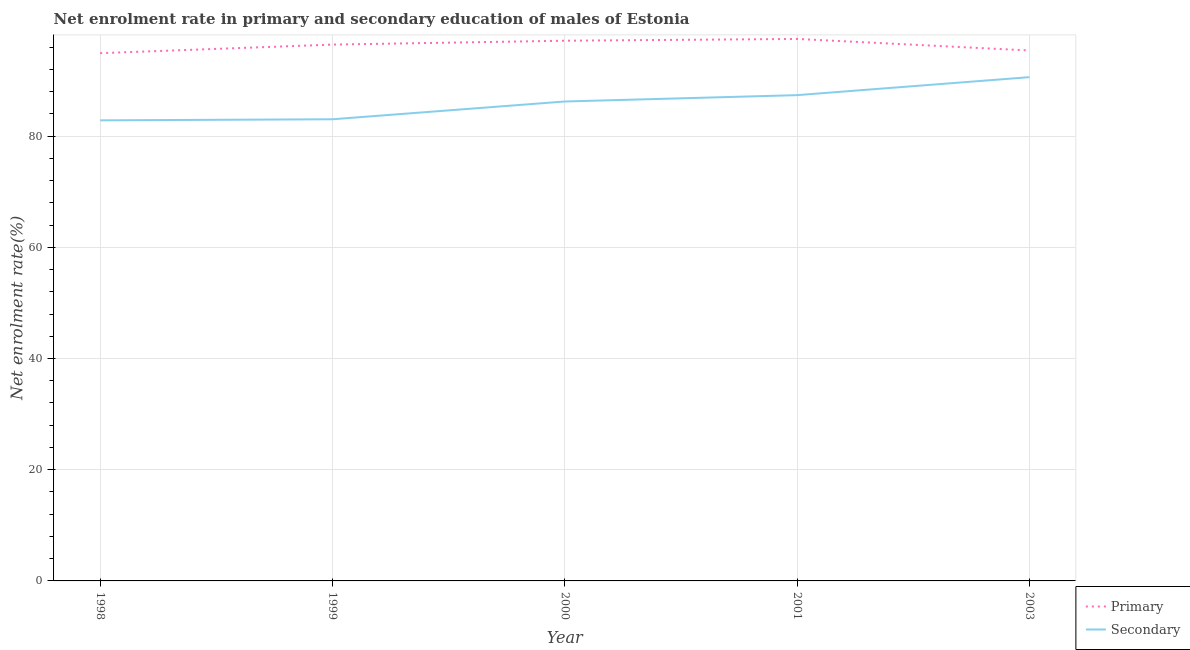
| Year | Primary | Secondary |
 | --- | --- | --- |
 | 1998 | 94.9 | 82.8 |
 | 1999 | 96.5 | 83 |
 | 2000 | 97.2 | 86.2 |
 | 2001 | 97.5 | 87.4 |
 | 2003 | 95.4 | 90.6 |